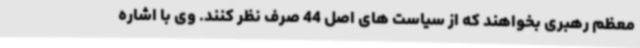
معظم رهبری بخواهند که از سیاست های اصل 44 صرف نظر کنند. وی با اشاره